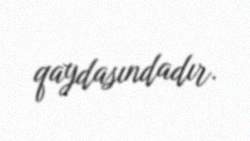
qaydasındadır.